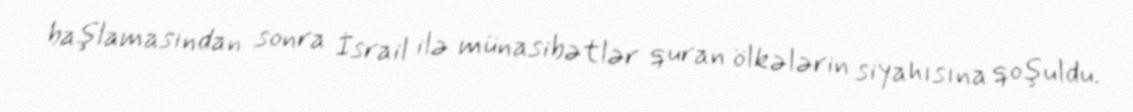
başlamasından sonra İsrail ilə münasibətlər quran ölkələrin siyahısına qoşuldu.